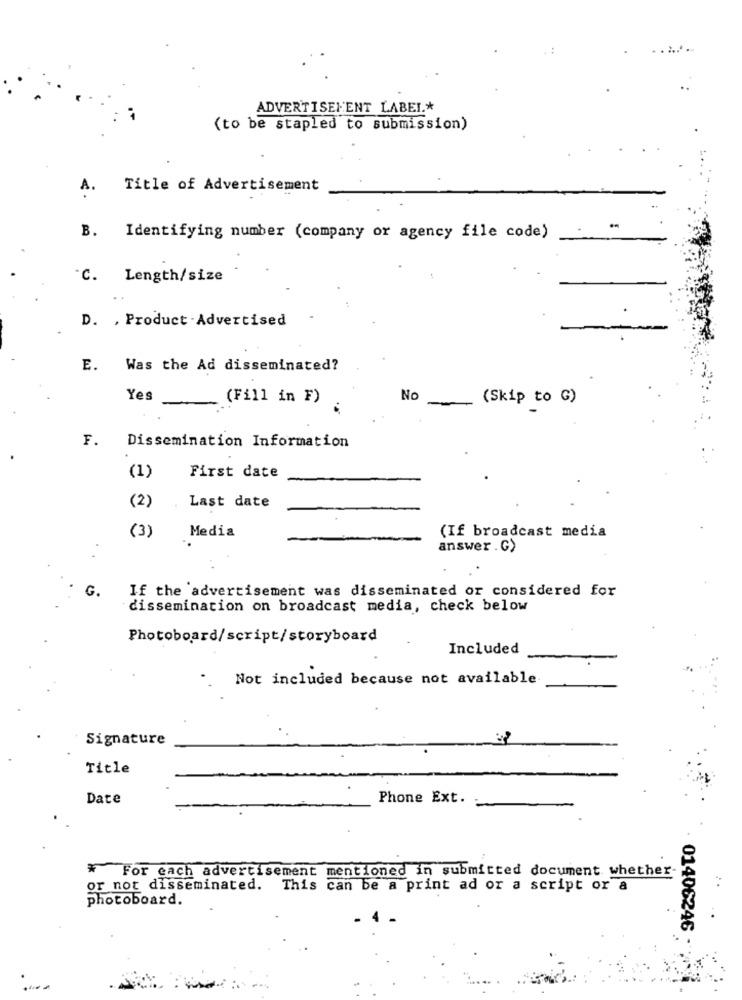
ADVERTISEMENT LABEL .*
(to be stapled to submission)
A.
Title of Advertisement
..
B. Identifying number (company or agency file code)
C. Length/size
D. , Product -Advertised
E. Was the Ad disseminated?
Yes
(Fill in F)
No
(Skip to G)
F.
Dissemination Information
First date
(1)
(2)
Last date
(3)
Media
(If broadcast media
answer . C)
G.
If the advertisement was disseminated or considered for
dissemination on broadcast media, check below
Photoboard/script/storyboard
Included
Not included because not available
Signature
Title
Date
Phone Ext.
* For each advertisement mentioned in submitted document whether-
or not disseminated. This can be a print ad or a script or a
photoboard
01406246